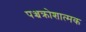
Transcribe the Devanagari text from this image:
पञ्चक्रोशात्मक